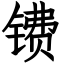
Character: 镄